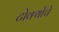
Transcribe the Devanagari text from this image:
टोक्योचे